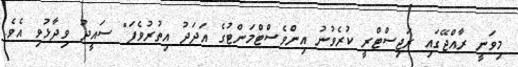
މިވަނީ ރާއްޖޭގައި ރަޖިސްޓްރީ ކުރެވުނު އިންވެސްޓްމަންޓުގެ އަދަދު އިތުރުވެފަ" ސައީދު ވިދާޅުވި އެވެ.